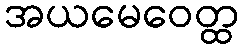
အယမေဝေတ္ထ